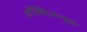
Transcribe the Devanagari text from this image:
ऑक्सिजन्युक्त